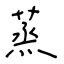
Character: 蒸